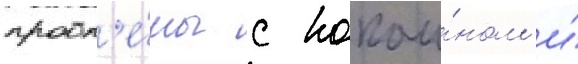
пробл'е́мы с кокаи́ном и́